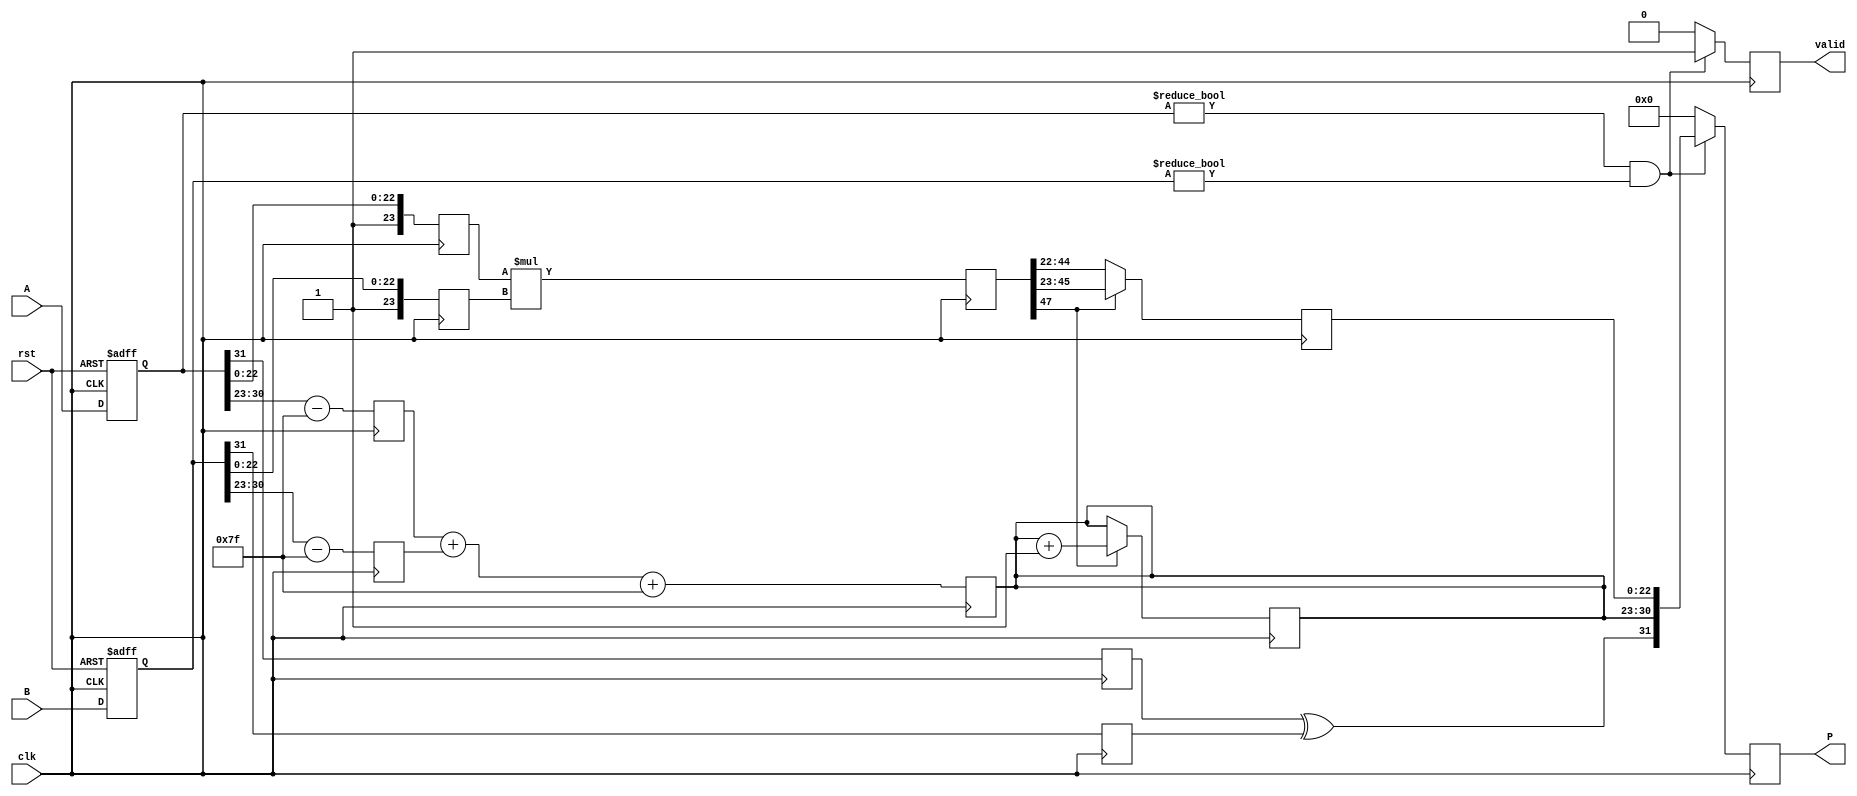
module FloatingPointPipelinedMultiplier (
    input  wire        clk,
    input  wire        rst,
    input  wire [31:0] A,
    input  wire [31:0] B,
    output reg  [31:0] P,
    output reg         valid
);

// Pipeline registers
reg [31:0] A_reg, B_reg;
reg sA, sB;
reg [7:0] eA, eB, eP;
reg [23:0] mA, mB, mP;
reg [47:0] mP_temp; // Extended width for mantissa multiplication

// Stage 1: Decomposing Inputs
always @(posedge clk or posedge rst) begin
    if (rst) begin
        A_reg <= 32'b0;
        B_reg <= 32'b0;
    end else begin
        A_reg <= A;
        B_reg <= B;
    end
end

// Stage 2: Extract Sign, Exponent, and Mantissa
always @(posedge clk) begin
    sA <= A_reg[31];
    sB <= B_reg[31];
    eA <= A_reg[30:23] - 8'd127; // Remove bias
    eB <= B_reg[30:23] - 8'd127; // Remove bias
    mA <= {1'b1, A_reg[22:0]}; // Implicit leading one for normalized numbers
    mB <= {1'b1, B_reg[22:0]}; // Implicit leading one for normalized numbers
end

// Stage 3: Exponent Calculation
always @(posedge clk) begin
    eP <= eA + eB + 8'd127; // Add bias back for output exponent
end

// Stage 4: Mantissa Multiplication
always @(posedge clk) begin
    mP_temp <= mA * mB; // 24 x 24 => 48 bits
end

// Stage 5: Normalization
always @(posedge clk) begin
    // Check for normalization
    if (mP_temp[47]) begin // if msb is 1
        mP <= mP_temp[46:23]; // Shift right
        eP <= eP + 8'd1; // Increment exponent
    end else begin
        mP <= mP_temp[45:22]; // Stay within 24 bits
    end
end

// Stage 6: Assembling Final Output
always @(posedge clk) begin
    valid <= 1'b0; // Default valid to 0
    if (A_reg != 32'b0 && B_reg != 32'b0) begin
        P <= {sA ^ sB, eP, mP[22:0]}; // Pack sign, exponent, and mantissa
        valid <= 1'b1; // Set valid high
    end else begin
        P <= 32'b0; // Result is 0 if either input is zero
        valid <= 1'b0; // Invalid result
    end
end

endmodule